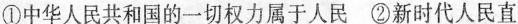
①中华人民共和国的一切权力属于人民 ②新时代人民直